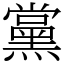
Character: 黨